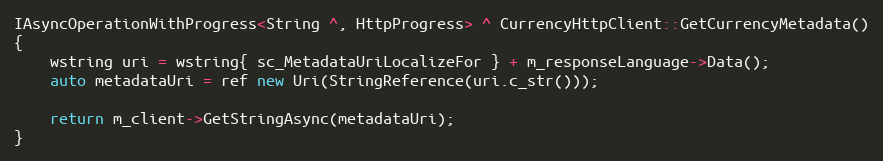
Language: C++
IAsyncOperationWithProgress<String ^, HttpProgress> ^ CurrencyHttpClient::GetCurrencyMetadata()
{
    wstring uri = wstring{ sc_MetadataUriLocalizeFor } + m_responseLanguage->Data();
    auto metadataUri = ref new Uri(StringReference(uri.c_str()));

    return m_client->GetStringAsync(metadataUri);
}